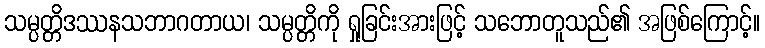
သမ္ပတ္တိဒဿနသဘာဂတာယ၊ သမ္ပတ္တိကို ရှုခြင်းအားဖြင့် သဘောတူသည်၏ အဖြစ်ကြောင့်။